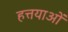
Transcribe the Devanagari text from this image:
हत्तयाओं